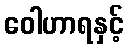
ဝေါဟာရနှင့်